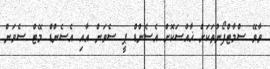
ވާވޭ ސްމާޓްފޯނުތަކަށް ޚާއްސަކޮށް އެސެންޑް ޕީ ސެވަން އާއި އެސެންޑް މޭޓް ސެވަން